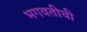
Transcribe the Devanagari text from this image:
भगवतीची